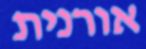
אורנית